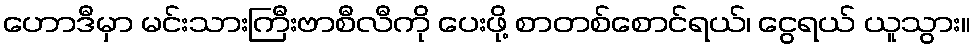
ဟောဒီမှာ မင်းသားကြီးဗာစီလီကို ပေးဖို့ စာတစ်စောင်ရယ်၊ ငွေရယ် ယူသွား။